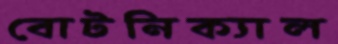
বোটনিক্যাল